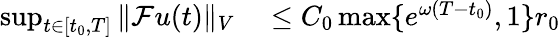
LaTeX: \begin{array}{rl}{\operatorname*{sup}_{t\in[t_{0},T]}\Vert\mathcal{F}u(t)\Vert_{V}}&{{}\leq C_{0}\operatorname*{max}\{ e^{\omega(T-t_{0})},1\} r_{0}}\end{array}